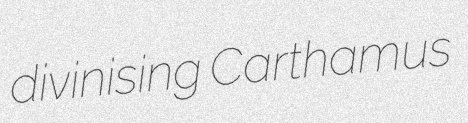
divinising Carthamus